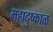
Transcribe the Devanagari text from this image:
महादुष्काळ